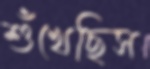
শুঁখেছিস